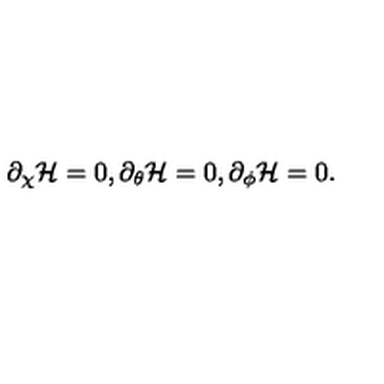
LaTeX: \partial _ { \chi } { \cal H } = 0 , \partial _ { \theta } { \cal H } = 0 , \partial _ { \phi } { \cal H } = 0 .